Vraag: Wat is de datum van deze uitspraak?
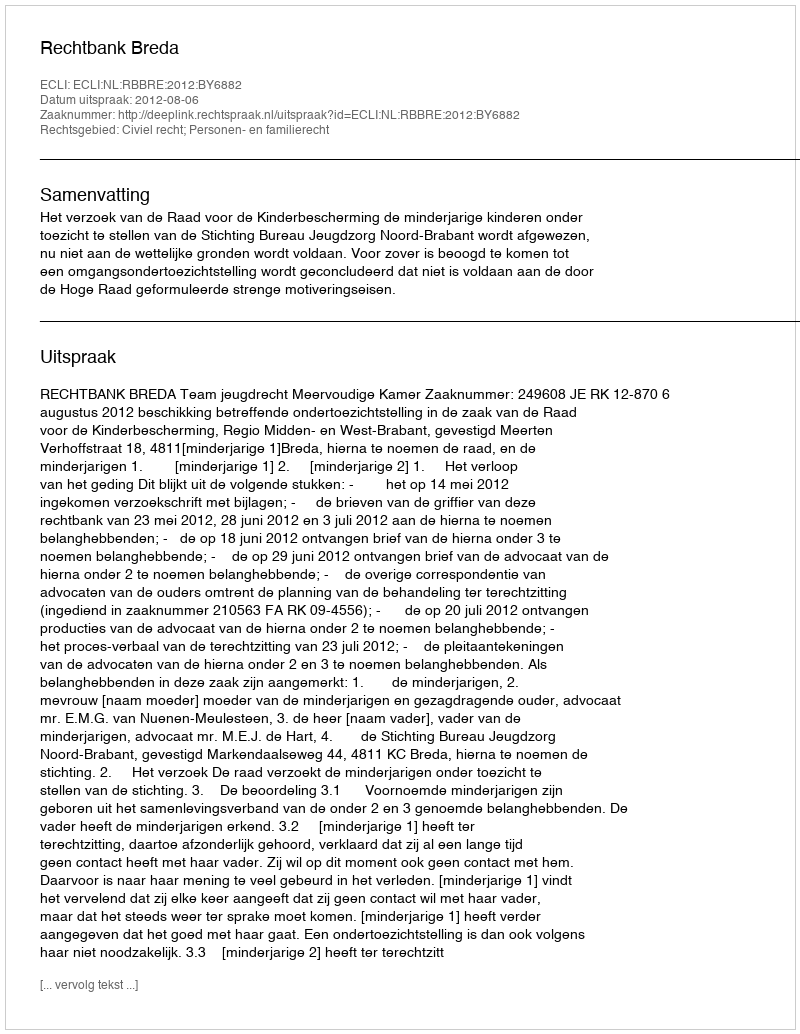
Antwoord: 2012-08-06